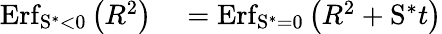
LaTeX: \begin{array}{rl}{\mathrm{Erf}_{\mathrm{S}^{\ast}<0}\left(R^{2}\right)}&{{}=\mathrm{Erf}_{\mathrm{S}^{\ast}=0}\left(R^{2}+\mathrm{S}^{\ast}t\right)}\end{array}